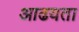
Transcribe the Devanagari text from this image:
आढयता